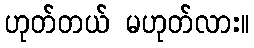
ဟုတ်တယ် မဟုတ်လား။